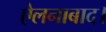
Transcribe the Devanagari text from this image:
ऐलनाबाद।